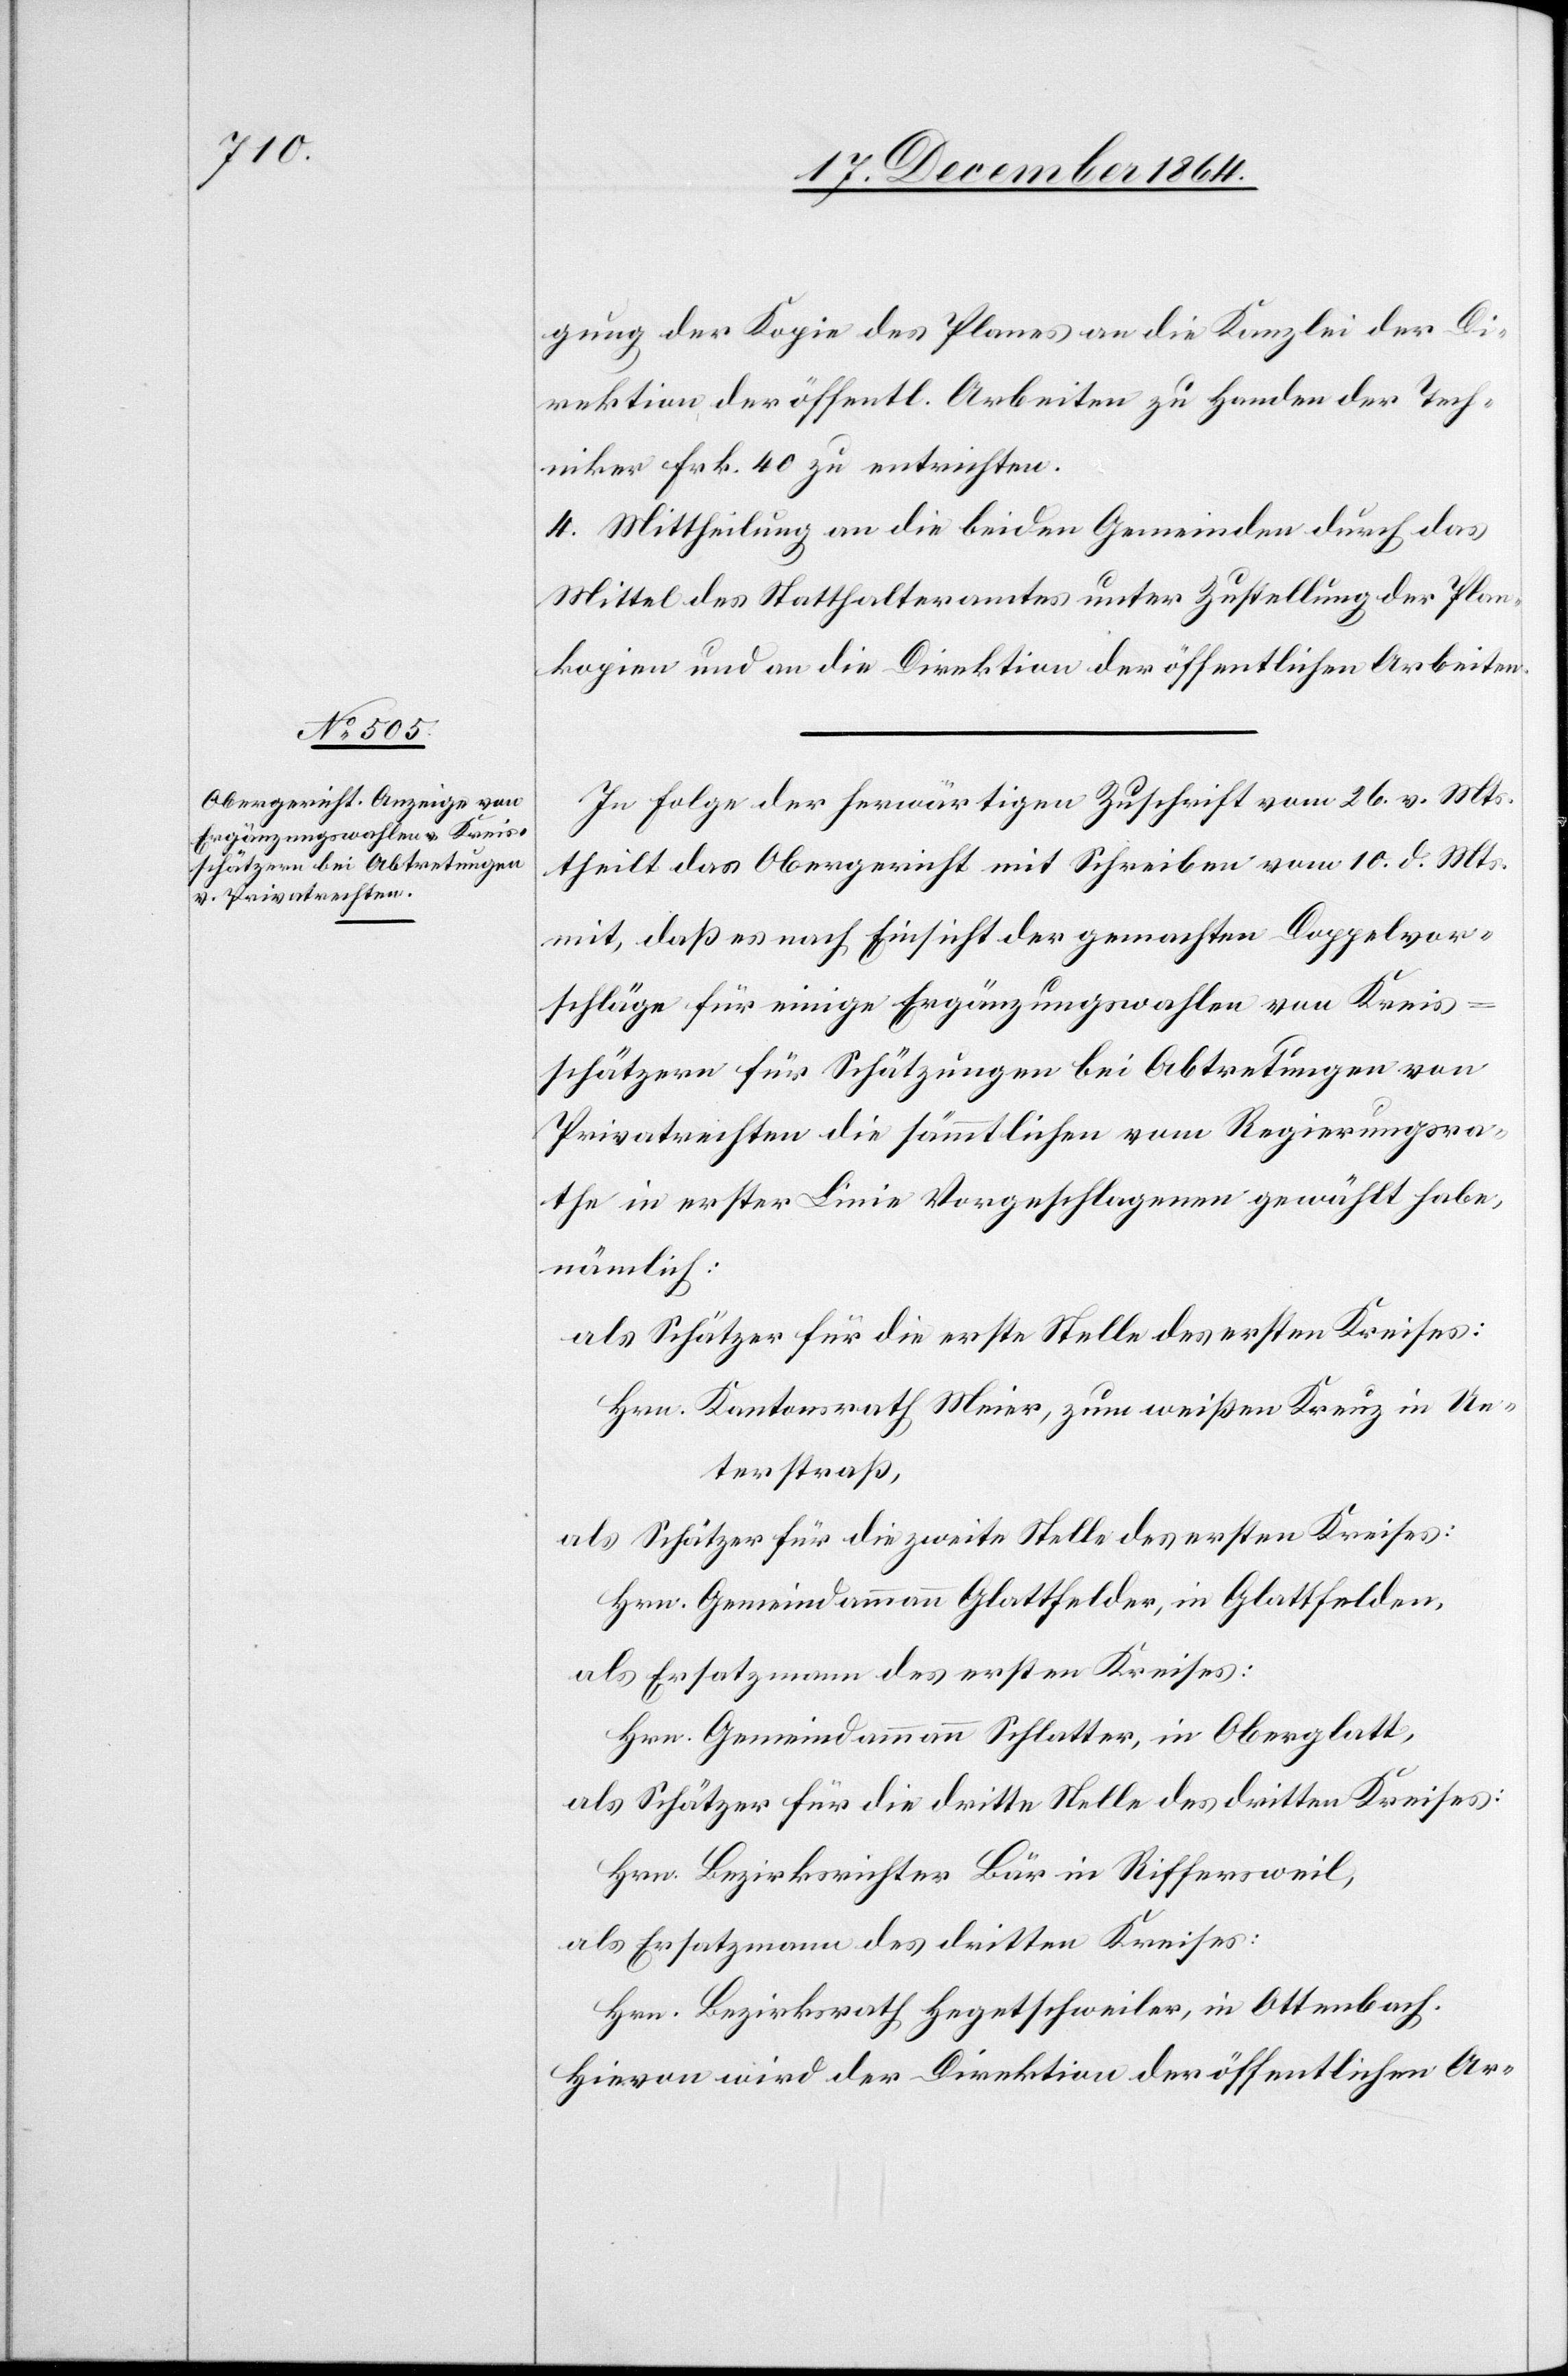
gung der Kopie des Planes an die Kanzlei der Di¬
rektion der öffentl. Arbeiten zu Handen der Tech¬
niker Frk. 40 zu entrichten.
4. Mittheilung an die beiden Gemeinden durch das
Mittel des Statthalteramtes unter Zustellung der Plan¬
kopien und an die Direktion der öffentlichen Arbeiten.
In Folge der herwärtigen Zuschrift vom 26. v. Mts.
theilt das Obergericht mit Schreiben vom 10. d. Mts.
mit, daß es nach Einsicht der gemachten Doppelvor¬
schläge für einige Ergänzungswahlen von Kreis¬
schätzern für Schätzungen bei Abtretungen von
Privatrechten die sämmtlichen vom Regierungsra¬
the in erster Linie Vorgeschlagenen gewählt habe,
nämlich:
als Schätzer für die erste Stelle des ersten Kreises:
Hrn. Kantonsrath Meier, zum weißen Kreuz in Un¬
terstraß,
als Schätzer für die zweite Stelle des ersten Kreises:
Hrn. Gemeindammann Glattfelder, in Glattfelden,
als Ersatzmann des ersten Kreises:
Hrn. Gemeindammann Schlatter, in Oberglatt,
als Schätzer für die dritte Stelle des dritten Kreises:
Hrn. Bezirksrichter Bär in Riffersweil,
als Ersatzmann des dritten Kreises:
Hrn. Bezirksrath Hegetschweiler, in Ottenbach.
Hievon wird der Direktion der öffentlichen Ar-